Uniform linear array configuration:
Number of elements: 48
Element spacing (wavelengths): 0.75
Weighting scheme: blackman
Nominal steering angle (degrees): -30
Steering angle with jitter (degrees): -31.928
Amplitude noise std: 0.05
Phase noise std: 0.05

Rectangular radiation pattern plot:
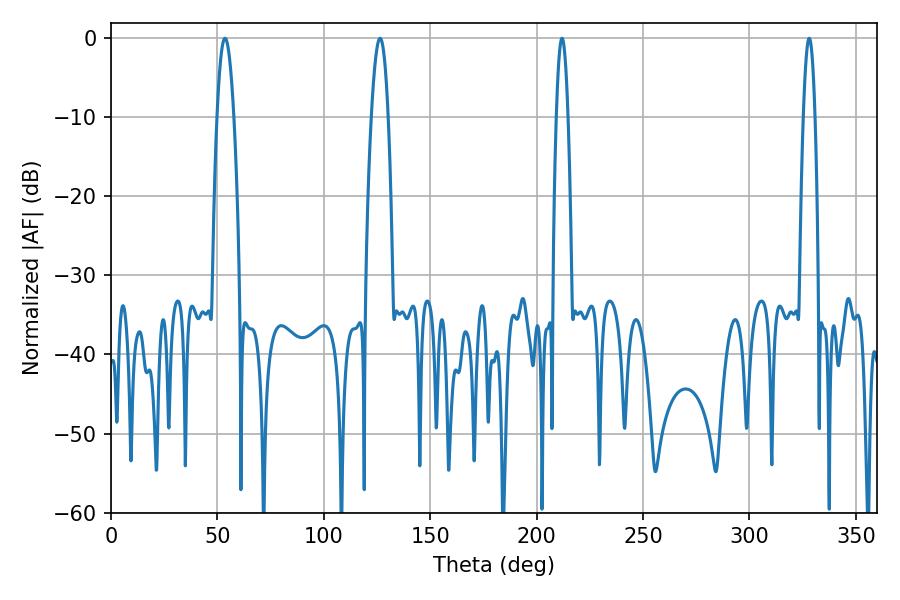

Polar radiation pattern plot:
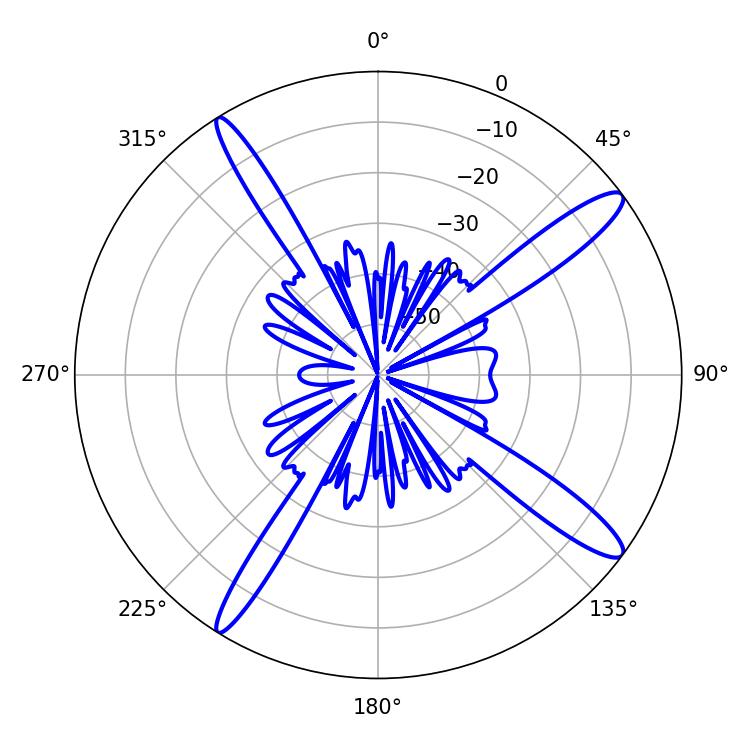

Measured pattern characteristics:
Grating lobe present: TRUE
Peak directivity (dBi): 14.454
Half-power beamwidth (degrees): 4.32
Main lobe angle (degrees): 53.64